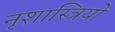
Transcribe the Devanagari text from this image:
नृशास्त्रियों